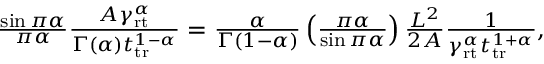
\begin{array} { r } { \frac { \sin \pi \alpha } { \pi \alpha } \frac { A \gamma _ { \mathrm { r t } } ^ { \alpha } } { \Gamma ( \alpha ) t _ { \mathrm { t r } } ^ { 1 - \alpha } } = \frac { \alpha } { \Gamma ( 1 - \alpha ) } \left( \frac { \pi \alpha } { \sin \pi \alpha } \right) \frac { L ^ { 2 } } { 2 A } \frac { 1 } { \gamma _ { \mathrm { r t } } ^ { \alpha } t _ { \mathrm { t r } } ^ { 1 + \alpha } } , } \end{array}